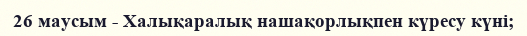
26 маусым - Халықаралық нашақорлықпен күресу күні;